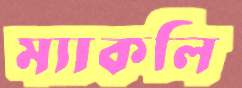
ম্যাকলি